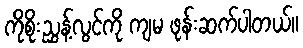
ကိုစိုးညွှန့်လွင်ကို ကျမ ဖုန်းဆက်ပါတယ်။